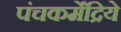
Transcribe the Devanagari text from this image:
पंचकर्मेंद्रिये